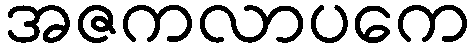
အဇကလာပကေ